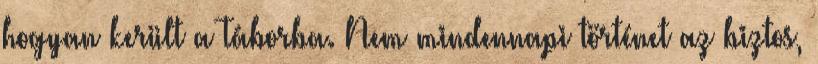
hogyan került a Táborba. Nem mindennapi történet az biztos,